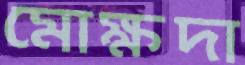
মোক্ষদা